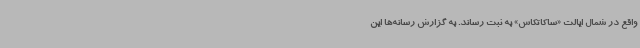
واقع در شمال ایالت «ساکاتکاس» به ثبت رساند. به گزارش رسانه‌ها این